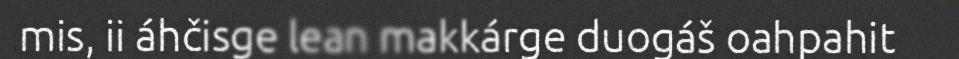
mis, ii áhčisge lean makkárge duogáš oahpahit